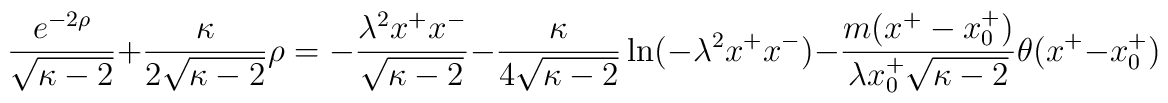
\frac{e^{-2\rho}}{\sqrt{\kappa-2}}+\frac{\kappa}{2 \sqrt{\kappa-2}} \rho=-\frac{\lambda^{2}x^{+}x^{-}}{\sqrt{\kappa-2}}-\frac{\kappa}{4\sqrt{\kappa-2}}\ln(-\lambda^{2}x^{+}x^{-})-\frac{m(x^{+}-x_{0}^{+})}{\lambda x_{0}^{+} \sqrt{\kappa-2}} \theta(x^{+}-x_{0}^{+})